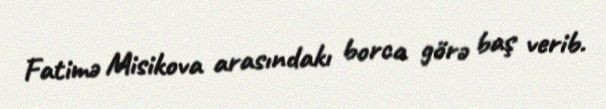
Fatimə Misikova arasındakı borca görə baş verib.